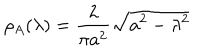
\rho _ { A } ( \lambda ) = \frac { 2 } { \pi a ^ { 2 } } \sqrt { a ^ { 2 } - \lambda ^ { 2 } }